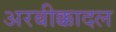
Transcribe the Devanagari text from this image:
अरबीक्कादल